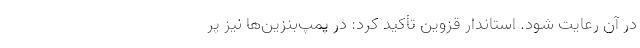
در آن رعایت شود. استاندار قزوین تأکید کرد: در پمپ‌بنزین‌ها نیز پر